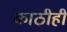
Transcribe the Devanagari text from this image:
काठीही